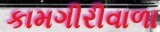
કામગીરીવાળા